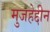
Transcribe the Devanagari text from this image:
मुजहेद्दीन